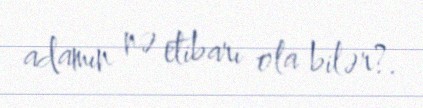
adamın nə etibarı ola bilər?.